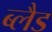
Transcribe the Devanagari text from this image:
ब्लैड